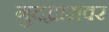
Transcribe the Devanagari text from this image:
गुदद्वारावर